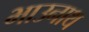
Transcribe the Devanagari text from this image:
भाउनाथ